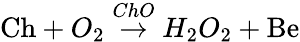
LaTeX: \mathrm{Ch}+O_{2}\stackrel{ChO}{\rightarrow}H_{2}O_{2}+\mathrm{Be}